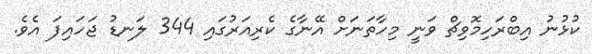
ކުޅުނު އިބްރަހިމޮވިޗް ވަނީ މިހާތަނަށް އޭނާގެ ކެރިއަރުގައި 344 ލަނޑު ޖަހައިފަ އެވެ.